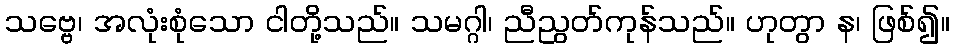
သဗ္ဗေ၊ အလုံးစုံသော ငါတို့သည်။ သမဂ္ဂါ၊ ညီညွတ်ကုန်သည်။ ဟုတွာ န၊ ဖြစ်၍။